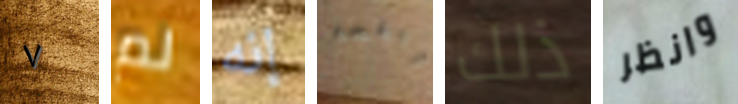
٧ لم إنه راقصه ذلك وانظر